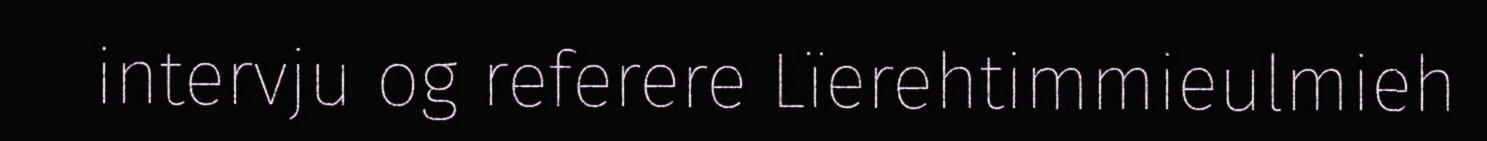
intervju og referere Lïerehtimmieulmieh